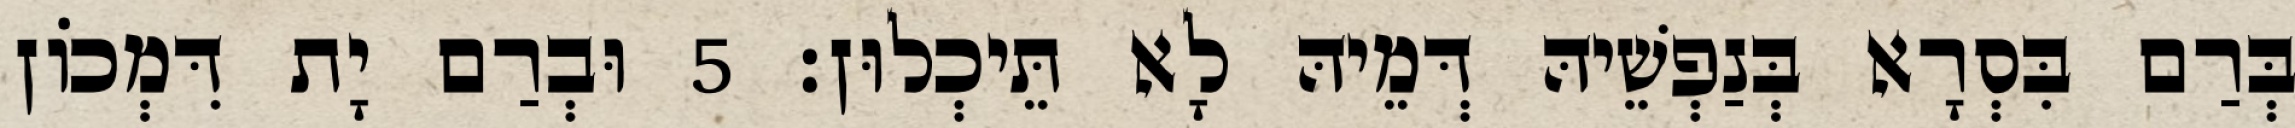
בְּרַם בִּסְרָא בְּנַפְשֵׁיהּ דְּמֵיהּ לָא תֵּיכְלוּן׃ 5 וּבְרַם יָת דִּמְכוֹן